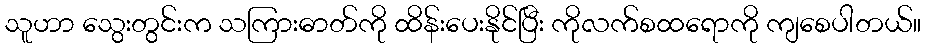
သူဟာ သွေးတွင်းက သကြားဓာတ်ကို ထိန်းပေးနိုင်ပြီး ကိုလက်စထရောကို ကျစေပါတယ်။